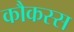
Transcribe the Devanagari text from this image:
कौकस्स